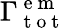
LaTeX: \Gamma_{\mathrm{~t~o~t~}}^{\mathrm{~e~m~}}